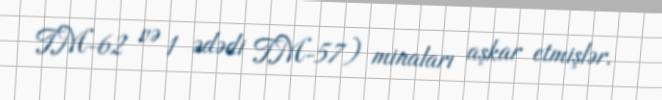
TM-62 və 1 ədədi TM-57) minaları aşkar etmişlər.